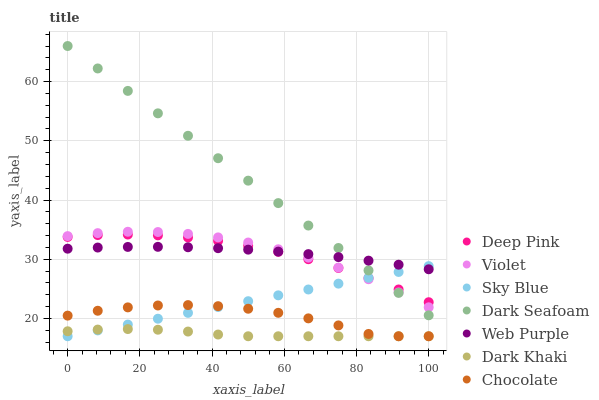
| xaxis_label | Deep Pink | Violet | Sky Blue | Dark Seafoam | Web Purple | Dark Khaki | Chocolate |
 | --- | --- | --- | --- | --- | --- | --- | --- |
 | 0 | 33.8 | 33.9 | 17 | 66 | 31.8 | 17.8 | 20.5 |
 | 8.33 | 34.1 | 34.4 | 18 | 62.2 | 32 | 18.1 | 21.3 |
 | 16.7 | 34.2 | 34.6 | 19 | 58.4 | 32.1 | 18.2 | 21.9 |
 | 25 | 34 | 34.6 | 20 | 54.6 | 32.1 | 18.1 | 22.2 |
 | 33.3 | 33.7 | 34.3 | 20.9 | 50.8 | 32 | 17.8 | 22.3 |
 | 41.7 | 33.1 | 33.7 | 21.9 | 47.1 | 31.9 | 17.3 | 22.1 |
 | 50 | 32.3 | 32.8 | 22.9 | 43.3 | 31.6 | 17 | 21.6 |
 | 58.3 | 31.3 | 31.7 | 23.9 | 39.5 | 31.3 | 17 | 21 |
 | 66.7 | 30 | 30.3 | 24.9 | 35.7 | 30.9 | 17 | 20 |
 | 75 | 28.5 | 28.6 | 25.9 | 31.9 | 30.4 | 17 | 18.8 |
 | 83.3 | 26.8 | 26.6 | 26.9 | 28.1 | 29.8 | 17 | 17.4 |
 | 91.7 | 24.9 | 24.4 | 27.9 | 24.3 | 29.1 | 17 | 17 |
 | 100 | 22.7 | 21.9 | 28.8 | 20.5 | 28.3 | 17 | 17 |